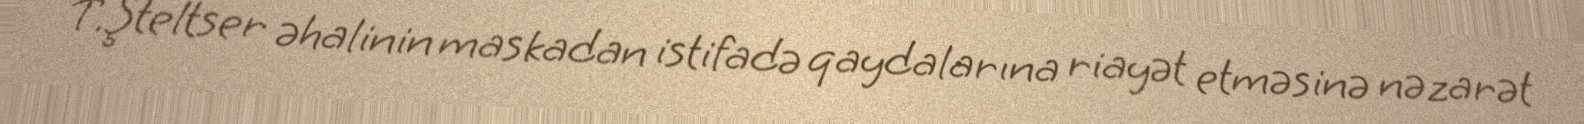
T.Şteltser əhalinin maskadan istifadə qaydalarına riayət etməsinə nəzarət